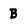
Character: B